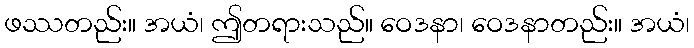
ဖဿတည်း။ အယံ၊ ဤတရားသည်။ ဝေဒနာ၊ ဝေဒနာတည်း။ အယံ၊